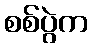
စစ်ပွဲက